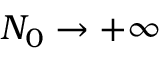
N _ { 0 } \to + \infty